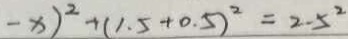
- x ) ^ { 2 } + ( 1 . 5 + 0 . 5 ) ^ { 2 } = 2 . 5 ^ { 2 }